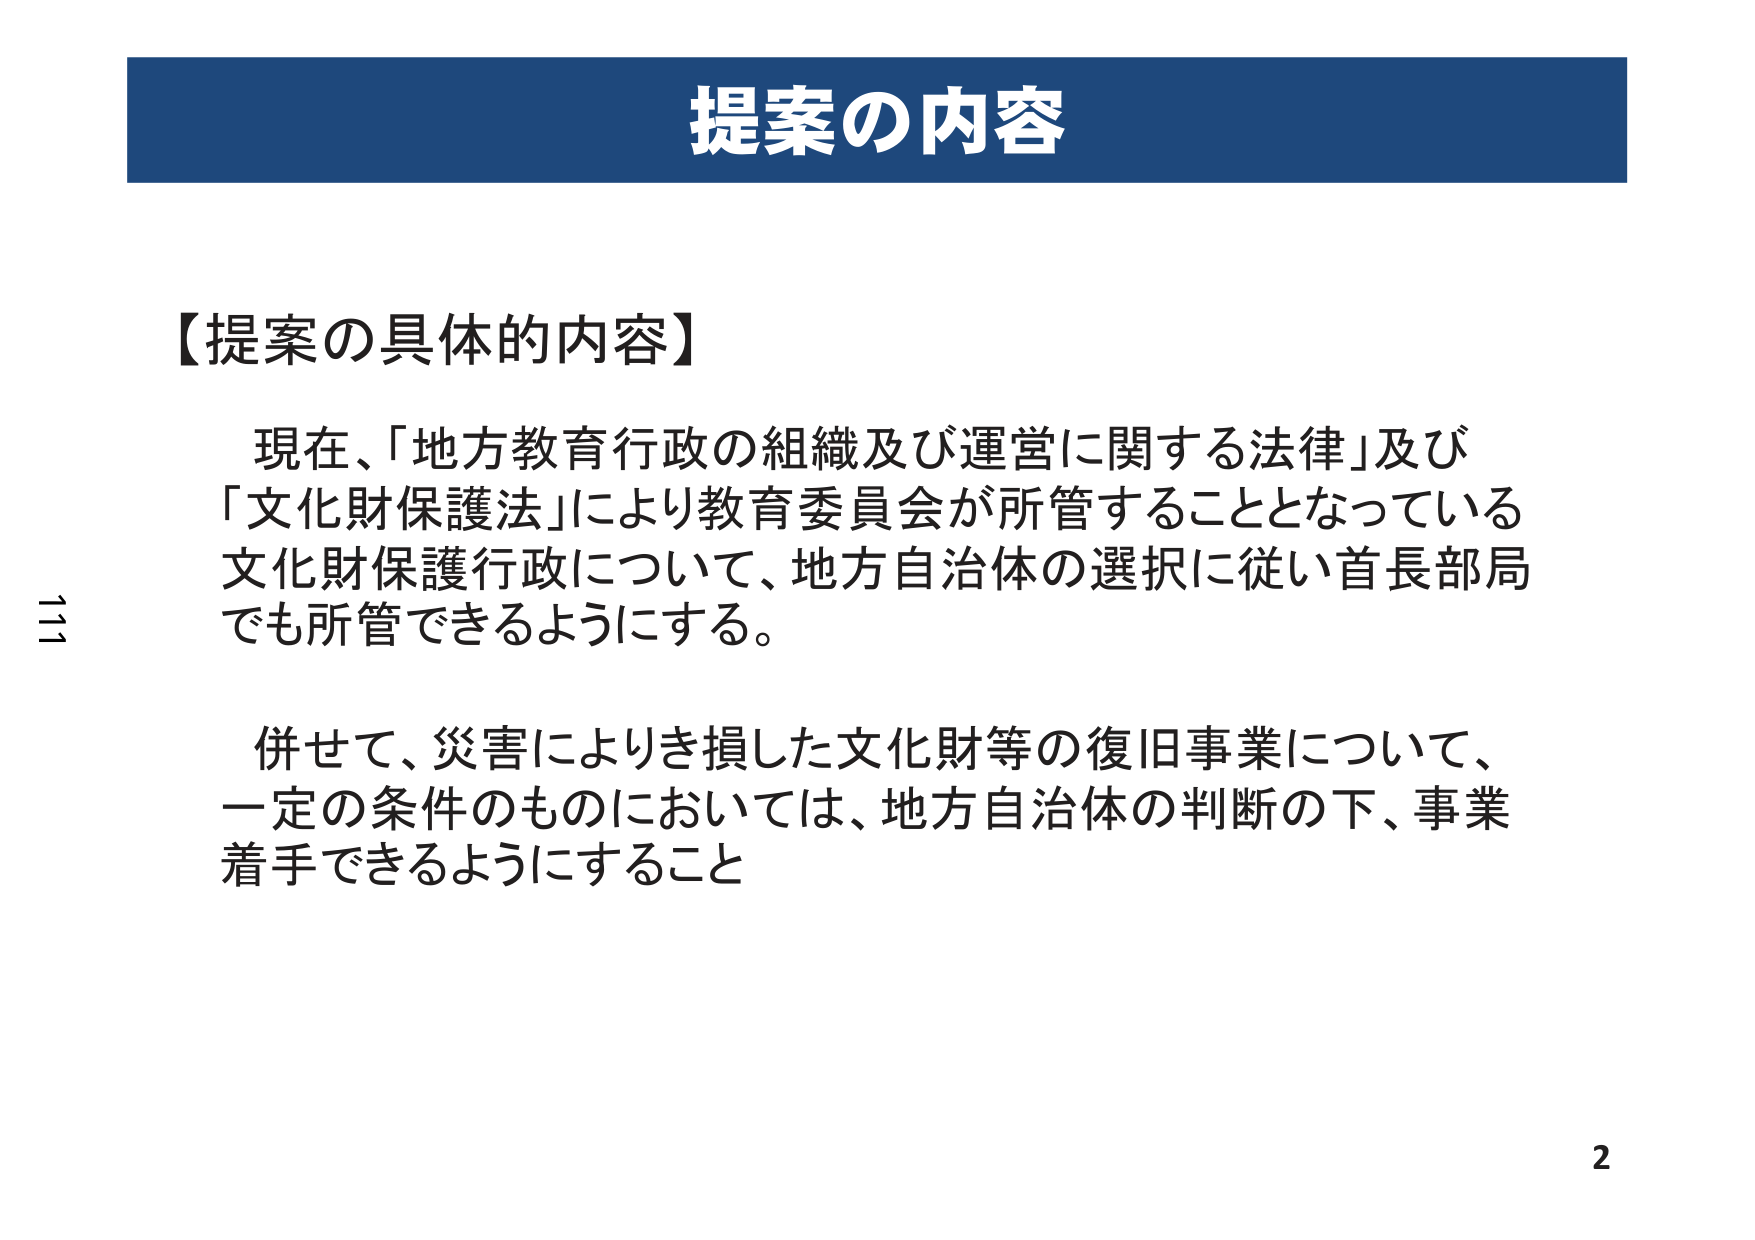
提案の内容

【提案の具体的內容】

現在、「地方教育行政の組織及び運営に関する法律」及び
「文化財保護法」により教育委員会が所管することとなっている
文化財保護行政について、地方自治体の選択に従い首長部局
でも所管できるようにする。

併せて、災害によりき損した文化財等の復旧事業について、
一定の条件のものにおいては、地方自治体の判断の下、事業
着手できるようにすること

2